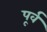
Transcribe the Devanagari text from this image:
पूर्व